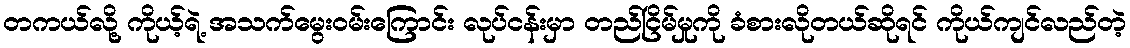
တကယ်လို့ ကိုယ့်ရဲ့ အသက်မွေးဝမ်းကြောင်း လုပ်ငန်းမှာ တည်ငြိမ်မှုကို ခံစားလိုတယ်ဆိုရင် ကိုယ်ကျင်လည်တဲ့